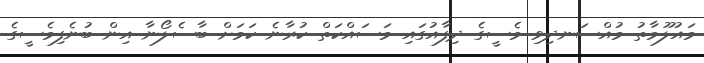
މައުލޫމާތު މުއްސަނދިވި މެސީގެ ދިފާއުގައި މަސައްކަތް ކުރާނެ ކަމަށް ބާސެލޯނާ އިން ބުނެފިމެސީގެ